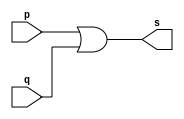
// -------------------------
// Exemplo0004 - OR
// Nome: Breno Macena Pereira de Souza
// -------------------------

// -------------------------
// -- or gate
// -------------------------
module orgate (output s, input p, input q);
assign s = p | q; // criar vnculo permanente
              // (dependncia)
endmodule // orgate

// -------------------------
// -- test or gate
// -------------------------
module testorgate;
// ------------------------- dados locais
reg a, b;   // definir registrador
         // (varivel independente)
wire s;  // definir conexao (fio)
         // (varivel dependente)
// ------------------------- instncia
orgate OR1 (s, a, b);
// ------------------------- preparao
initial begin:start
          // atribuio simultnea dos valores iniciais
a=0; b=0;			 
end

// ------------------------- parte principal
initial begin:main
     $display("Exemplo 0004 - Breno Macena - 462017");
     $display("Test OR gate:");
     $display("\na | b = s\n");
     a=0; b=0;
#1   $display("%b | %b = %b", a, b, s);
     a=0; b=1;
#1   $display("%b | %b = %b", a, b, s);		
     a=1; b=0;
#1   $display("%b | %b = %b", a, b, s);		
     a=1; b=1;
#1   $display("%b | %b = %b", a, b, s);		
end
endmodule // testorgate